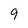
Character: 9